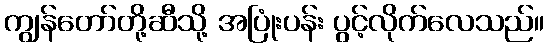
ကျွန်တော်တို့ဆီသို့ အပြုံးပန်း ပွင့်လိုက်လေသည်။